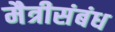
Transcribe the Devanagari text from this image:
मैत्रीसंबंध